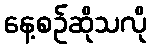
နေ့စဉ်ဆိုသလို